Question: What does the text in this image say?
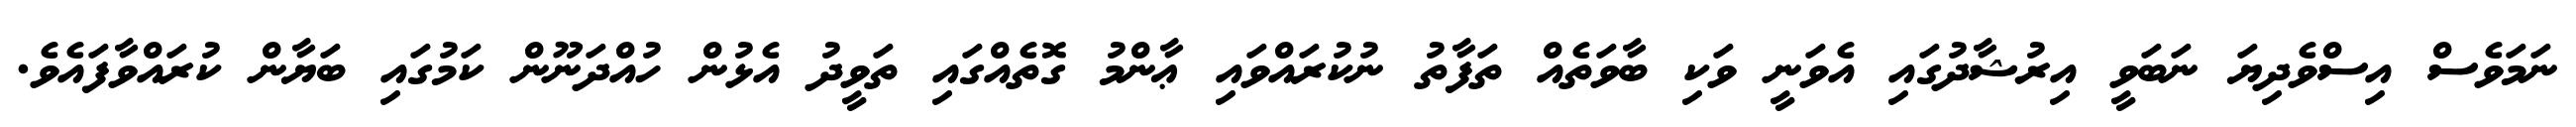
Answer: ނަމަވެސް އިސްވެދިޔަ ނަބަވީ އިރުޝާދުގައި އެވަނީ ވަކި ބާވަތެއް ތަފާތު ނުކުރައްވައި ޢާންމު ގޮތެއްގައި ތަވީދު އެޅުން ހުއްދަނޫން ކަމުގައި ބަޔާން ކުރައްވާފައެވެ.